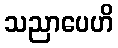
သညာပေဟိ